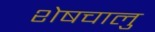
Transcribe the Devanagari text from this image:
शेषचालु